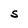
Character: S